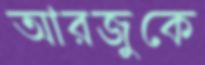
আরজুকে